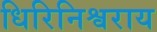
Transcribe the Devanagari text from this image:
धिरिनिश्वराय